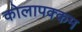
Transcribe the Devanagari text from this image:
कोलापक्कम